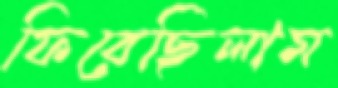
ফিরেছিলাম